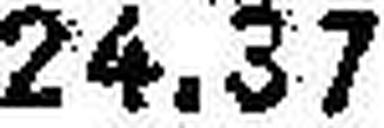
24.37